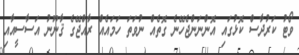
ވޯޓު ކަރުދާސް ކޮޅުގައި އޮންނަންޖެހޭނެ ގޮތެއް ނުވަތަ ހަމައެއް ރާއްޖޭގެ ޤާނޫނު އަސާސީއާއި